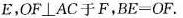
E，OF⊥AC于F， $$B E = O F$$ .